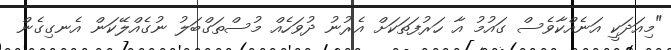
"މިއަދަކީ އަނެއްކާވެސް ގައުމު އާ ހަރުފަތަކަށް އެރުނު ދުވަހެއް މުސްތަގްބަލު ނުގެއްލޭކަން އެނގިގެން